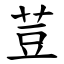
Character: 荳